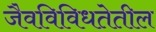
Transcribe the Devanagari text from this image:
जैवविविधतेतील